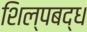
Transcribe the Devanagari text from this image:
शिल्पबद्ध